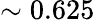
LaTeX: \sim 0.625